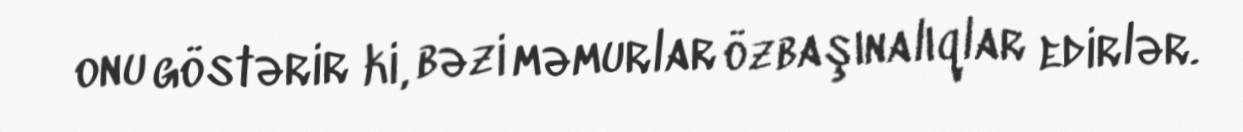
onu göstərir ki, bəzi məmurlar özbaşınalıqlar edirlər.